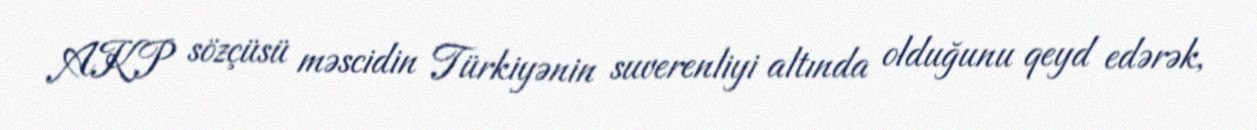
AKP sözçüsü məscidin Türkiyənin suverenliyi altında olduğunu qeyd edərək,